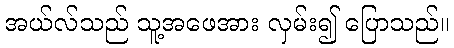
အယ်လ်သည် သူ့အဖေအား လှမ်း၍ ပြောသည်။